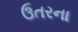
ઉતરના